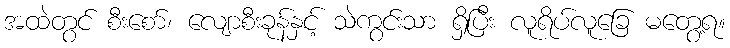
အထဲတွင် စီးစော်၊ လျောစီးခုန်နှင့် သဲကွင်းသာ ရှိပြီး လူရိပ်လူခြေ မတွေ့ရ။